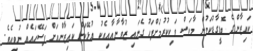
ކައިޒާންގެ ބޮޑީގާޑުކަމުން މާކަސް ވަކިކުރުމަށްފަހު ގެނައި ޒުވާނާއާއިއެކު އުޅޭކަށް ކައިޒާންއަށް ފަސޭހައެއް ނުވިއެވެ.